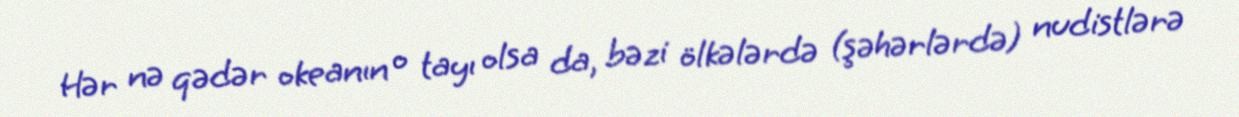
Hər nə qədər okeanın o tayı olsa da, bəzi ölkələrdə (şəhərlərdə) nudistlərə